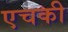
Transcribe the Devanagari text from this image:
एचकी